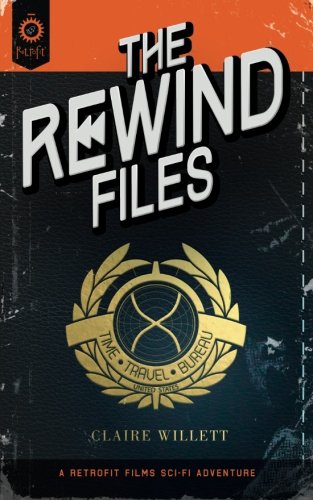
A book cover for The Rewind Files; Claire Willett; Science Fiction & Fantasy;